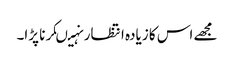
مجھے اس کا زیادہ انتظار نہیںکرنا پڑا۔